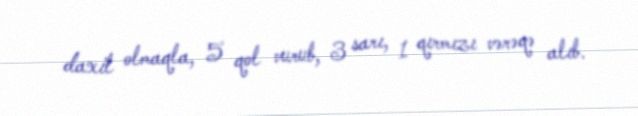
daxil olmaqla, 5 qol vurub, 3 sarı, 1 qırmızı vərəqə alıb.